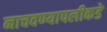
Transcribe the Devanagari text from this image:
नाचवण्यापलीकडे